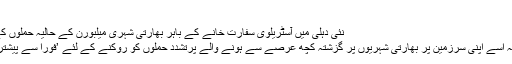
‘‘
نئی دہلی میں آسٹریلوی سفارت خانے کے باہر بھارتی شہری میلبورن کے حالیہ حملوں کے خلاف مظاہرہ کرتے ہوئے
بھارت نے آسٹریلیا سے کہا کہ اسے اپنی سرزمین پر بھارتی شہریوں پر گزشتہ کچھ عرصے سے ہونے والے پرُتشدد حملوں کو روکنے کے لئے ’فوراً سے پیشتر‘ مؤثر اقدامات کرنے چاہییں۔